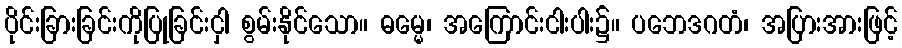
ပိုင်းခြားခြင်းကိုပြုခြင်းငှါ စွမ်းနိုင်သော။ ဓမ္မေ၊ အကြောင်းငါးပါး၌။ ပဘေဒဂတံ၊ အပြားအားဖြင့်